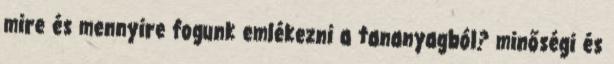
mire és mennyire fogunk emlékezni a tananyagból? minőségi és